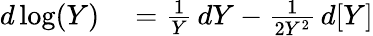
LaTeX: \begin{array}{rl}{d\log(Y)}&{{}={\frac{1}{Y}}\, dY-{\frac{1}{2Y^{2}}}\, d[Y]}\end{array}